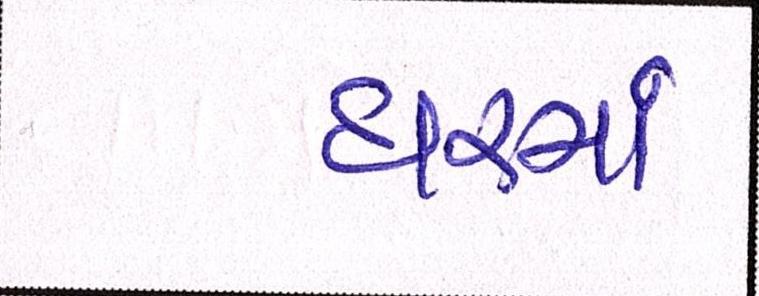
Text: ધરમાં